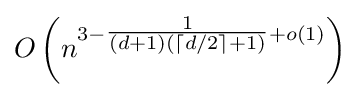
\displaystyle O\left(n^{3-{\tfrac {1}{(d+1)(\lceil d/2\rceil +1)}}+o(1)}\right)